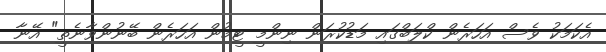
އެކަމަކު ވެސް އަހަރެން ކްލަބްގައި މަޑުކުރަން ނިންމީ ޓީމުން އަހަރެން ބޭނުންވާނެތީ" އޭނާ